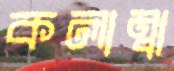
কলাম্বা